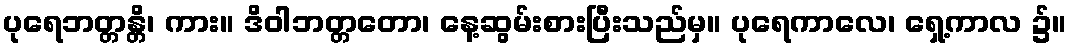
ပုရေဘတ္တန္တိ၊ ကား။ ဒိဝါဘတ္တတော၊ နေ့ဆွမ်းစားပြီးသည်မှ။ ပုရေကာလေ၊ ရှေ့ကာလ ၌။